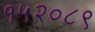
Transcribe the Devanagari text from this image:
१५२०८९